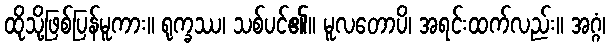
ထိုသို့ဖြစ်ပြန်မူကား။ ရုက္ခဿ၊ သစ်ပင်၏။ မူလတောပိ၊ အရင်းထက်လည်း။ အဂ္ဂံ၊